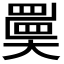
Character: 𡚇